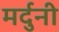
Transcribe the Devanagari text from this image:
मर्दुनी